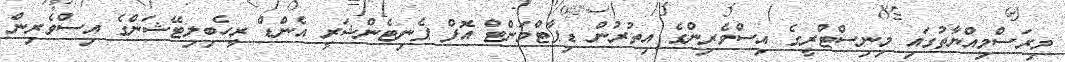
މިރަސްމިއްޔާތުގައި މިނިސްޓްރީގެ އިސްވެރިންގެ އިތުރުން ޑިޕާޓްމަންޓް އޮފް ޕެނިޓެންޝަރީ އެންޑް ރީހެބިލިޓޭޝަންގެ އިސްވެރިން